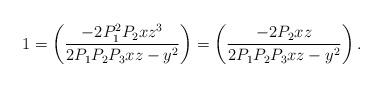
LaTeX: \begin{align*}1= \left(\frac{-2P_1^2P_2xz^3}{2P_1P_2P_3xz-y^2}\right) = \left(\frac{-2P_2xz}{2P_1P_2P_3xz-y^2}\right).\end{align*}